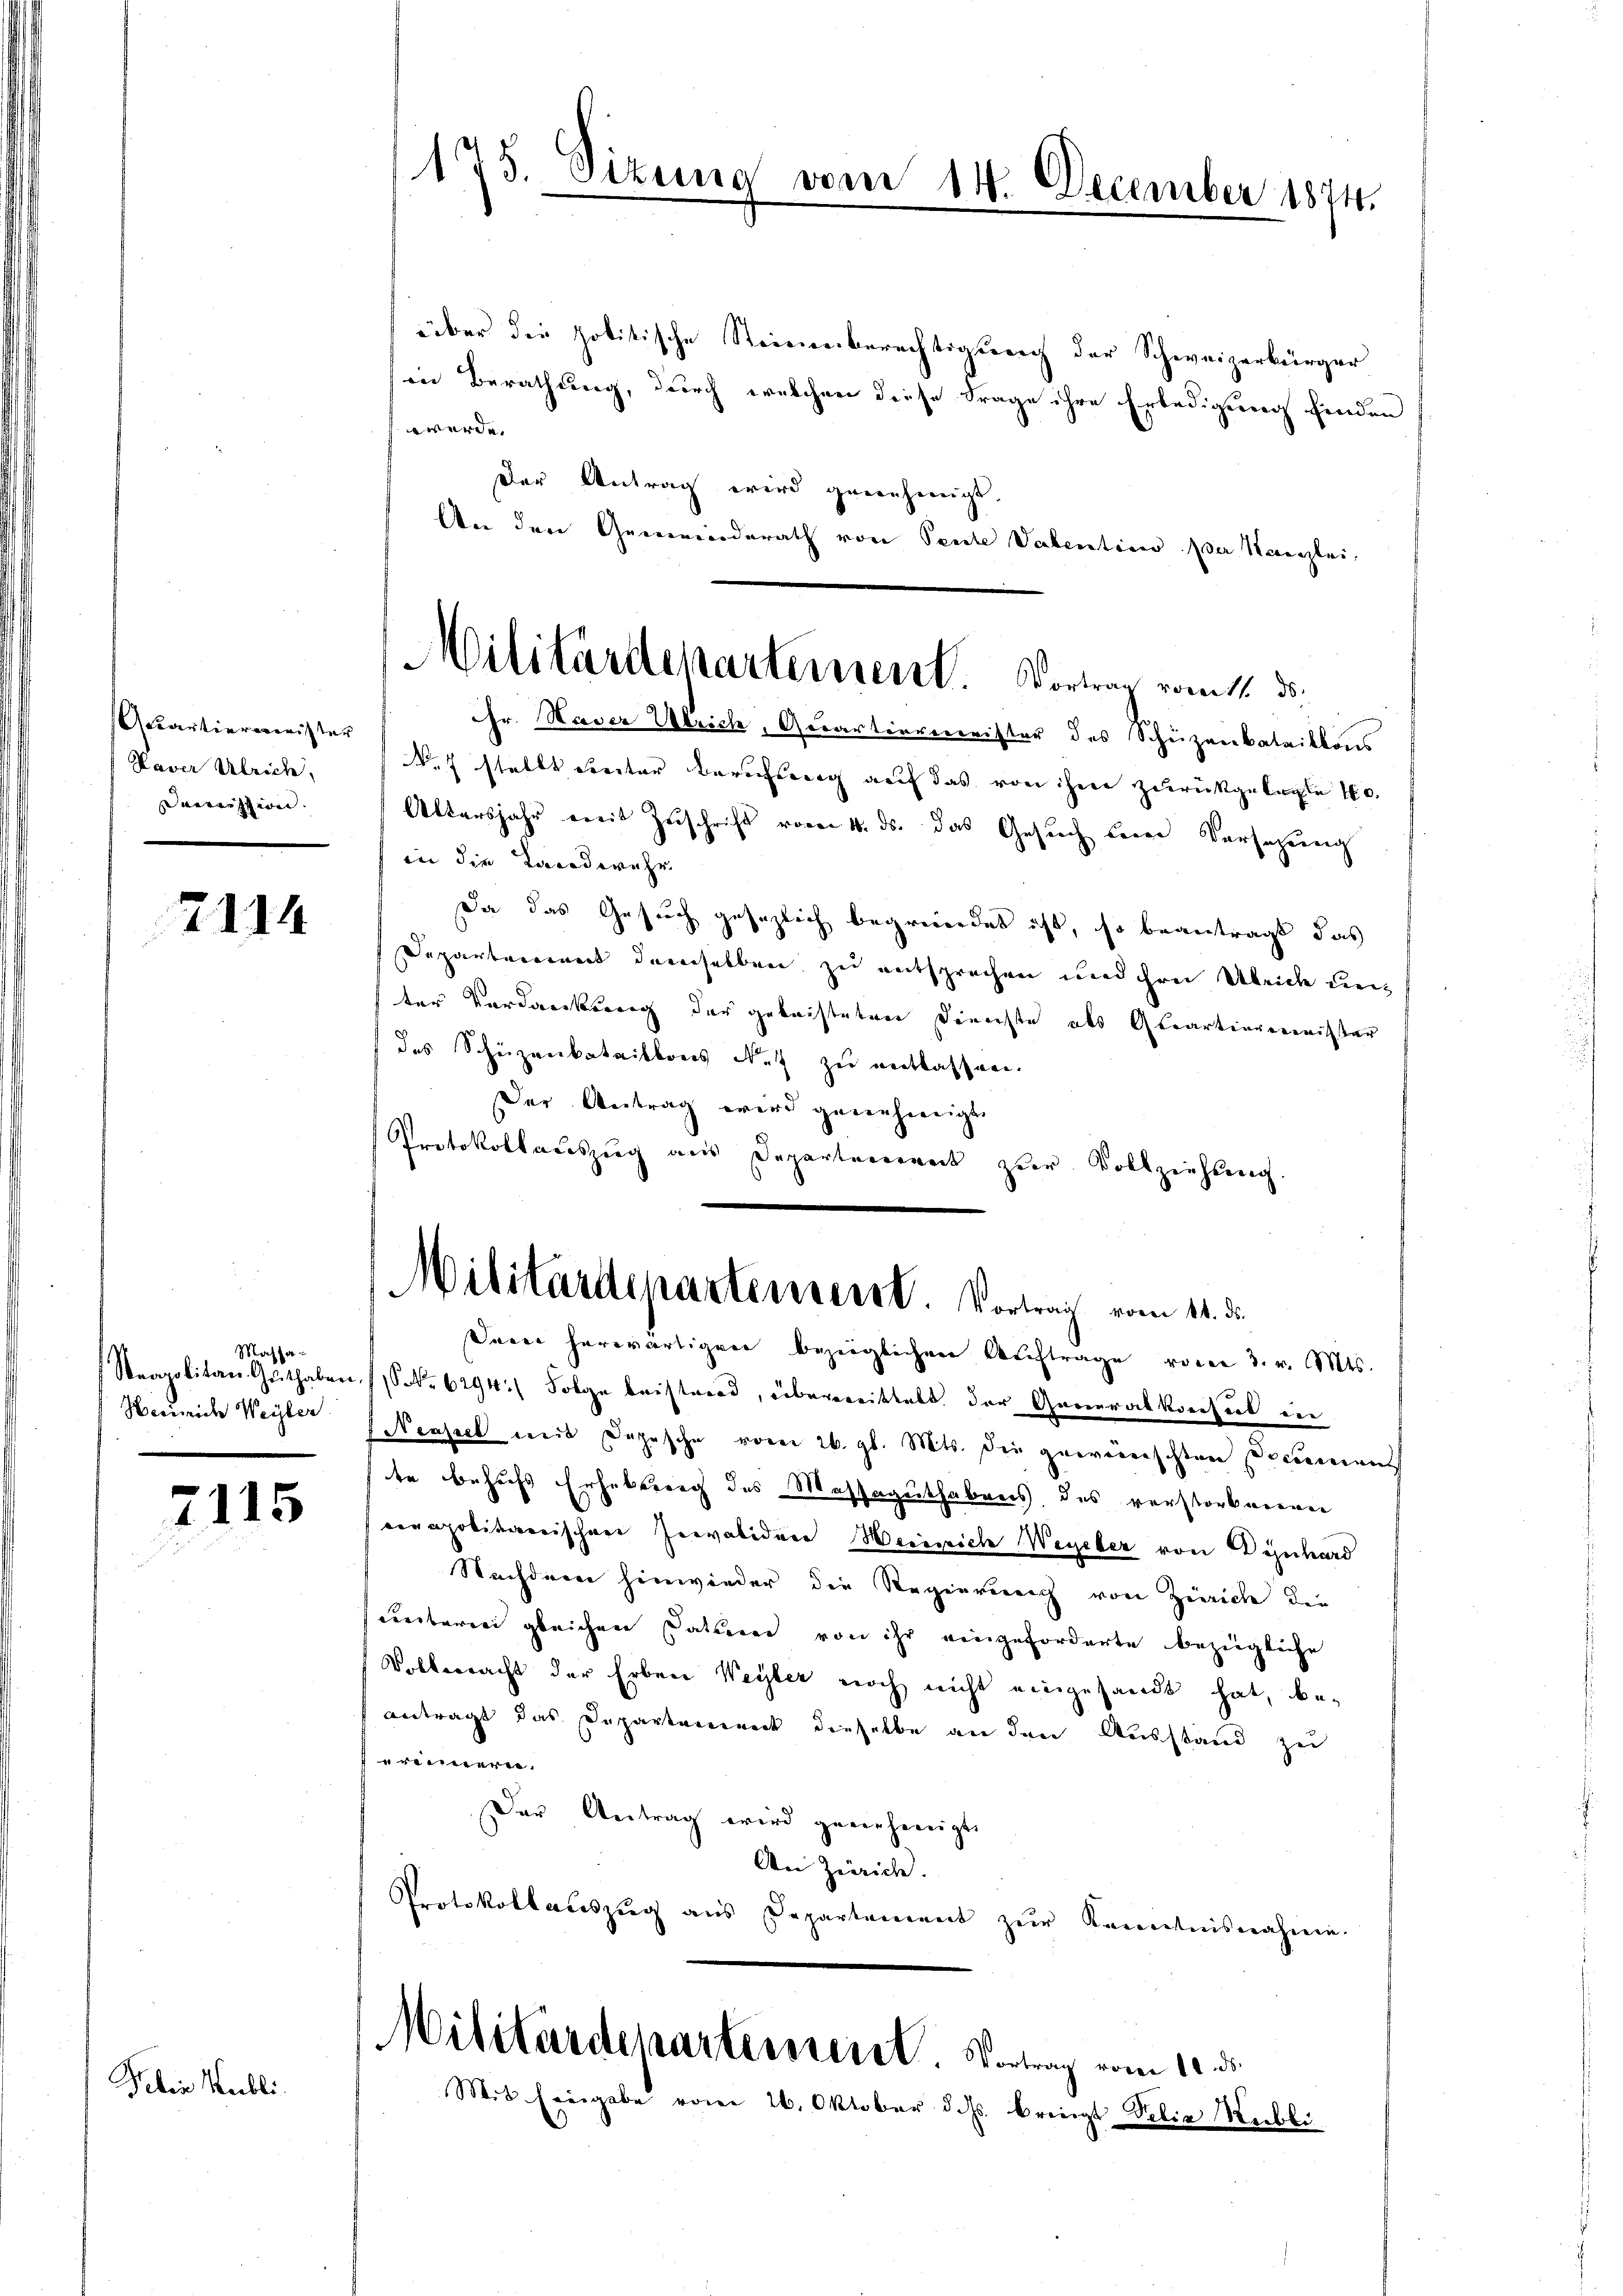
Akantiererweister
Kaver Ulrich,
eeresseren. |

2114

Massa-
Heinrich Weyter

7115

Felix Hubli

über die politische Steienerberechtigung der Schweizerbürger
in Berathung, durch welchen diese Frage ihre Erledigung finden
w werde.
Der Antrag wird genehmigt.
An den Gemeinderath von Sente Valentino per Kanzlei,
Fr. Naver Ulrich, Quartiermeister des Schüzenbataillons
No 7 stellt seiter Berufung auf das von ihre zurückgelegte 40.
Altersjahr ereit Zŭschrift vom 4. ds. das Gesŭch dere Versatzung
in die Landwehr
Da das Gesuch gesezlich begreiendet ist, so beantragt das
Departement demselben zu entsprechen und ihrer Ulrich unter Verdancksrung der geleisteten Dienste als Quartierenister
des Schüzenbataillons N. zu entlassen.
Der Antrag wird genehmigt.
Protokollauszug aus Departereines zur Vollziehung
Militärdepartenverst. Vortrag vom 14. d.
Darer herwärtigen bezeiglichen Auftrage voren 3. v. Mts.
Steapolitan Guthaben (S. 6294:/ Folge leisternd, überweittelt der Generalkonsul in
Neapel mit Depesche vom 26. gl. Mts. die gewünschten Documens
te behufs Erhebung des Massaguthabens, des verstorbeeren
cenapokitaerischen Prevalidare Heinrich Wegeber von Dynhard
Nachdren hinwieder die Regierunrich von Zürich die
entarii gleichen Datierer von ihr eingeforderte bezügliche
Vollmacht der Erben Weyter noch nicht eingesandt hat, beantragt das Departement dieselbe an den Ausstand zu
reiieren.
Der Antrag wird genehmigt.
An Zürich.
Protokollaŭszŭg aŭs Departement zŭr Kenntnisnahmen.

15. Sitzung vom 14. December 1874.

Militärdepartement. Vortrag vom 12. ds.

Militärdepartement. Vortrag vom 11. ds.
Mit Eingabe vom 26. Oktober d. Js. bringt Velix Maibli